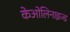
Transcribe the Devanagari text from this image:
केओलिनाइज्ड